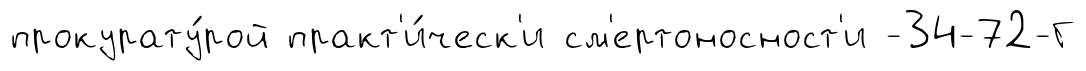
прокурату́рой практ'и́ческ'и см'ертоносност'и -34-72-Г